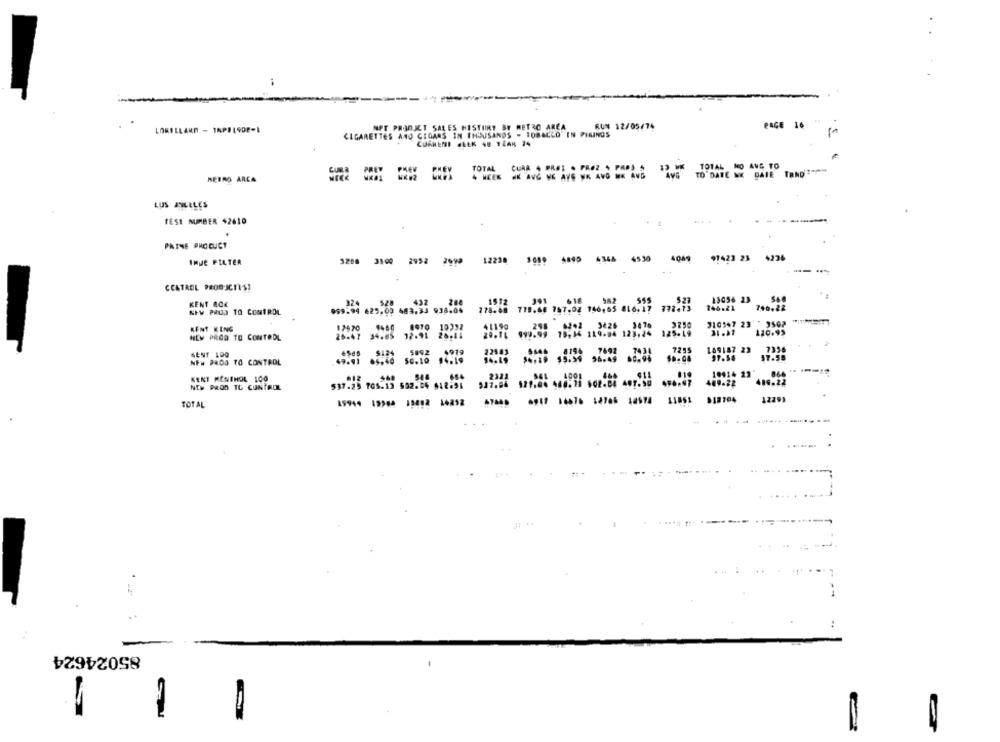
NPT PRODUCT SALES HESTINT BY METRO AREA
RUN 12/05/74
PAGE 16
LORELLARD - 1APELODE-1
CIGARETTES AND CIGARS IN THISUSANDS - TOBACCO" EN PININGS
CURRENT GREK 40 TLAK 74
TOTAL
CURA 4 PRAL . PREZ 4 PRAS S
13 ME TOTAL NO ANG TO
HEERO ARCA
4 HEEK HK AVG WE AVE WK AVO WK AND
AVG
TO DATE NE DAIE TRADI-PY
LUS ANGELES
TEST NUMBER $2610
..
.
PRIME PHOCUCT
12238
3080 4890 4345 4530
40M
91423 23
IMDE FILTER
3288 3100 2952 2999
CCATROL PROBJC7IS!
KENT ACK
13056 23
NEW PRUD TO CONTROL
099-94 625,00 683.34 938:06
746.21
KENT KENG
310547 23 " 3502
12570
125-19
31.37
110.95
NEW PACO TO CONTROL
26-47 34.85
12.91 20,11
7215
SENT 100
189187 23
97.54
NF. PROD TO CONTROL
KENT MENTHOL 100
19414 23
NEW POD TO CONTROL
409.22
6947 16676 12765 12674
$12704
12291
TOTAL
19944 19964 15492 16852
85024624